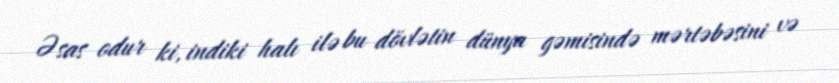
Əsas odur ki, indiki halı ilə bu dövlətin dünya gəmisində mərtəbəsini və